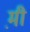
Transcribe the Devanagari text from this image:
म़ी